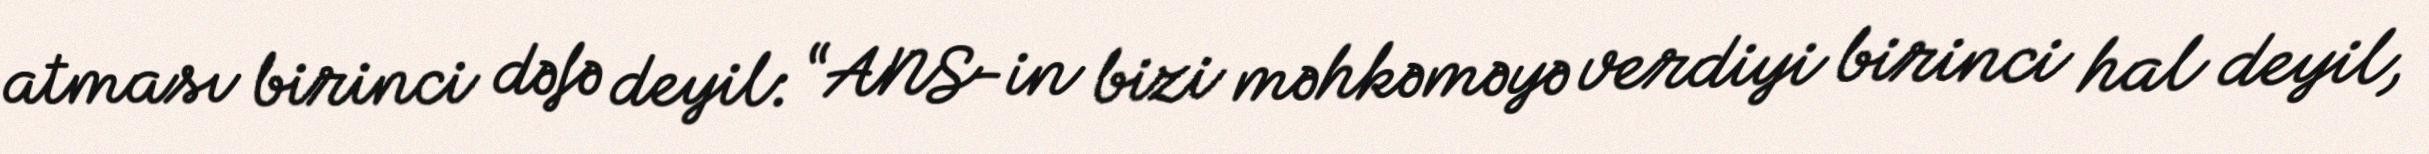
atması birinci dəfə deyil: “ANS-in bizi məhkəməyə verdiyi birinci hal deyil,